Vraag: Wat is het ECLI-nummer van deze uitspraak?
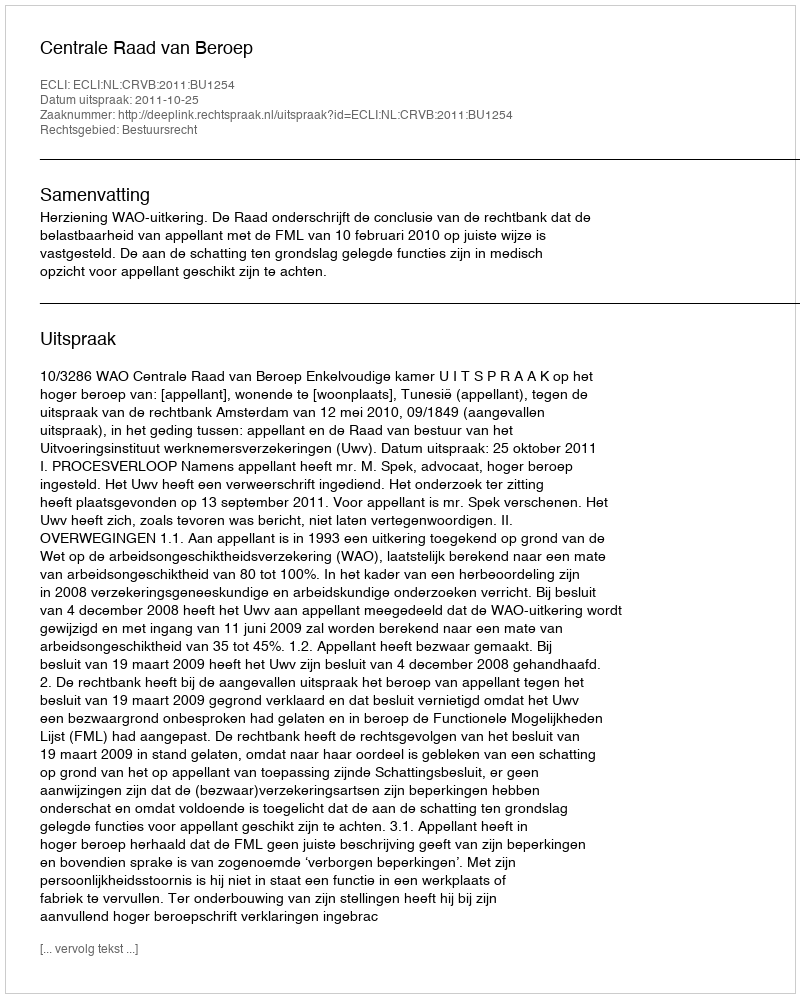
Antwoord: ECLI:NL:CRVB:2011:BU1254